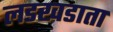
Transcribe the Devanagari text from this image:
लडखडाता